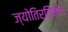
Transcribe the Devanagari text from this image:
ज्योतिर्विनोद